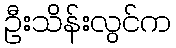
ဦးသိန်းလွင်က